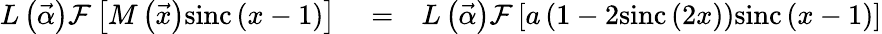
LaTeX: \begin{array}{rlr}{L\left(\vec{\alpha}\right)\mathcal{F}\left[M\left(\vec{x}\right)\mathrm{sinc}\left(x-1\right)\right]}&{{}=}&{L\left(\vec{\alpha}\right)\mathcal{F}\left[a\left(1-2\mathrm{sinc}\left(2x\right)\right)\mathrm{sinc}\left(x-1\right)\right]}\end{array}